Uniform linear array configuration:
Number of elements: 8
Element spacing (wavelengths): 0.25
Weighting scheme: binomial
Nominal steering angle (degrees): -45
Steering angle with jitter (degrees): -43.719
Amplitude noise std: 0.05
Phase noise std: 0.05

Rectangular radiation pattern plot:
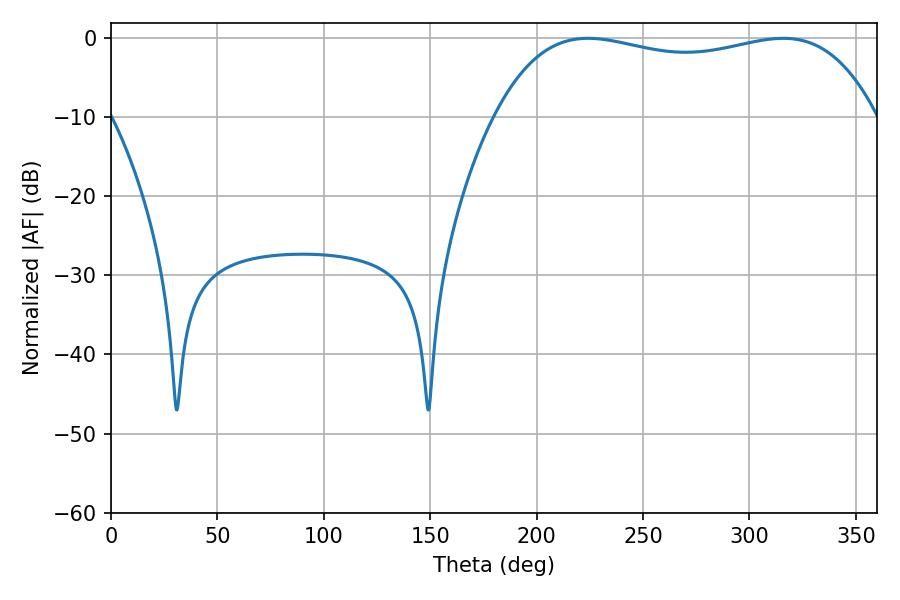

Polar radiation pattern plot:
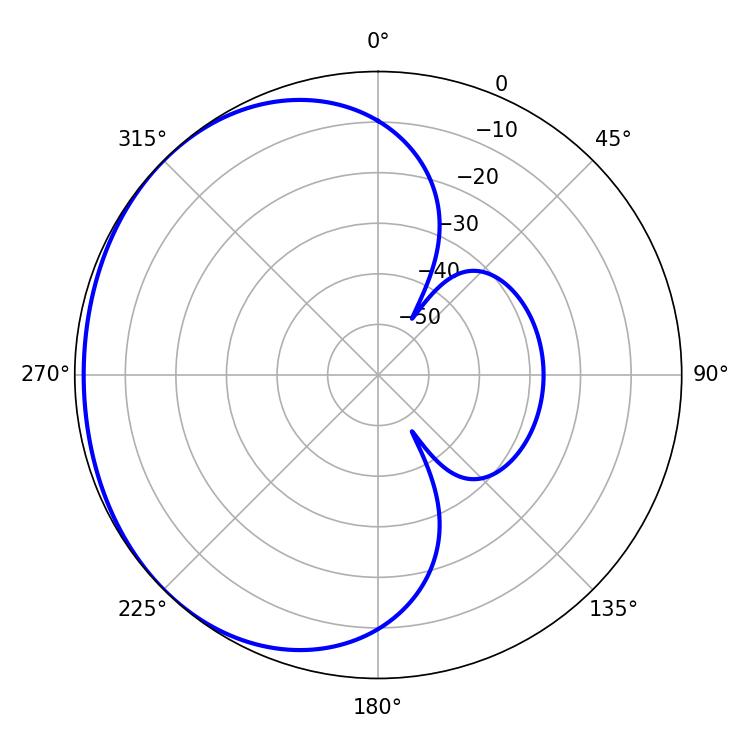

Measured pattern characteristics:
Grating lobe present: FALSE
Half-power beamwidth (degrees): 144.72
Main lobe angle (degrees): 224.1